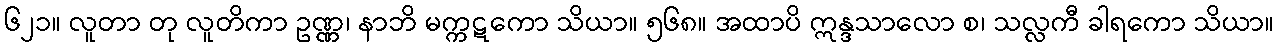
၆၂၁။ လူတာ တု လူတိကာ ဥဏ္ဏ၊ နာဘိ မက္ကဋကော သိယာ။ ၅၆၈။ အထာပိ ဣန္ဒသာလော စ၊ သလ္လကီ ခါရကော သိယာ။